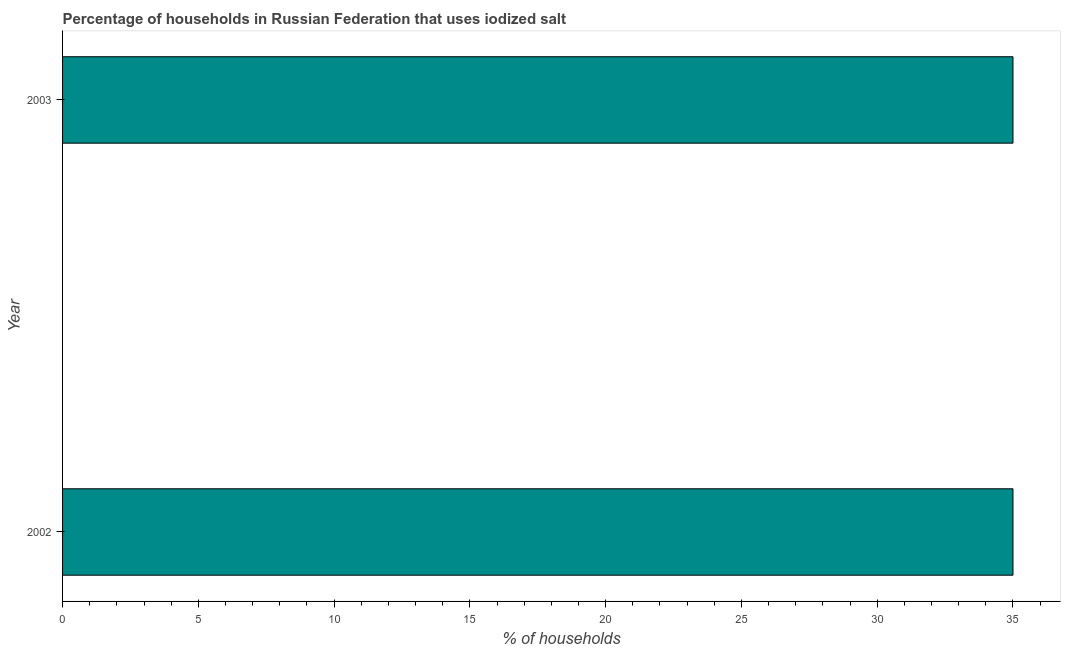
| Year | Consumption of iodized salt |
 | --- | --- |
 | 2002 | 35 |
 | 2003 | 35 |